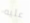
عليه